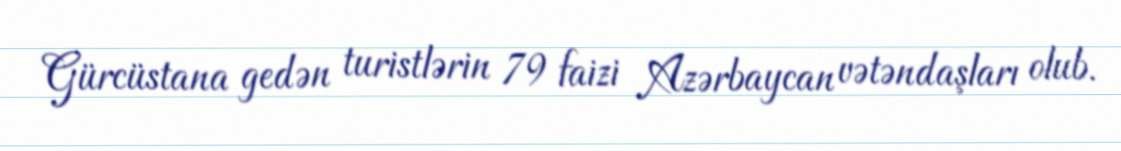
Gürcüstana gedən turistlərin 79 faizi Azərbaycan vətəndaşları olub.